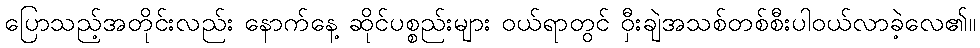
ပြောသည့်အတိုင်းလည်း နောက်နေ့ ဆိုင်ပစ္စည်းများ ဝယ်ရာတွင် ဝှီးချဲအသစ်တစ်စီးပါဝယ်လာခဲ့လေ၏။